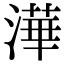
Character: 澕